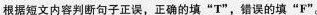
根据短文内容判断句子正误，正确的填“T”，错误的填“F"。